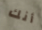
أنك